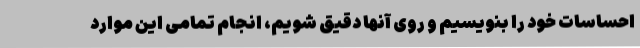
احساسات خود را بنویسیم و روی آنها دقیق شویم، انجام تمامی این موارد